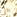
علي